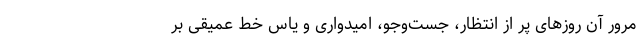
مرور آن روزهای پر از انتظار، جست‌وجو، امیدواری و یاس خط عمیقی بر